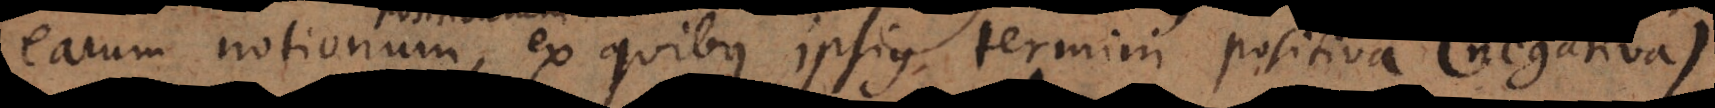
ersehentlich, ex quibus ipsius termini positiva (negativa)